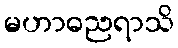
မဟာဓညရာသိ